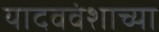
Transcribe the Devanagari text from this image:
यादववंशाच्या